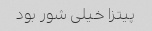
پیتزا خیلی شور بود